Lunatic asylums in Bengal annual reports 1912-1924 - 1912-1924
Year: 1912
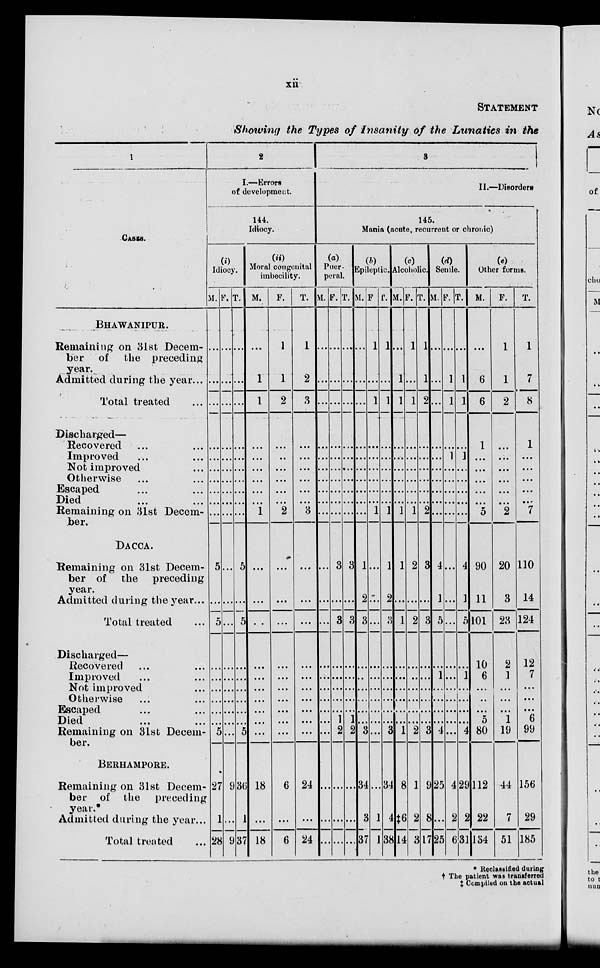
xii
STATEMENT
Showing the Types of Insanity of the Lunatics in the
1
CASES.
BHAWANIPUR.
Remaining on 31st Decem-
ber of the preceding
year.
Admitted during the year...
Total treated ...
Discharged—
Recovered ... ...
Improved ... ...
Not improved ...
Otherwise ... ...
Escaped ... ...
Died ... ...
Remaining on 31st Decem-
ber.
DACCA.
Remaining on 31st Decem-
ber of the preceding
year.
Admitted during the year ...
Total treated ...
Discharged—
Recovered ... ...
Improved ... ...
Not improved ...
Otherwise ... ...
Escaped ... ...
Died ... ...
Remaining on 31st Decem-
ber.
BERHAMPORE.
Remaining on 31st Decem-
ber of the preceding
year.
Admitted during the year ...
Total treated ...
2
I.—Errors
of development.
144.
Idiocy.
(i)
Idiocy.
M.
...
...
...
...
...
...
...
...
...
...
5
...
5
...
...
...
...
...
...
5
27
1
28
F.
...
...
...
...
...
...
...
...
...
...
...
...
...
...
...
...
...
...
...
...
9
...
9
T.
...
...
...
...
...
...
...
...
...
...
5
...
5
...
...
...
...
...
...
5
36
1
37
(ii)
Moral congenital
imbecility.
M.
...
1
1
...
...
...
...
...
...
1
...
...
...
...
...
...
...
...
...
...
18
...
18
F.
1
1
2
...
...
...
...
...
...
2
...
...
...
...
...
...
...
...
...
...
6
...
6
T.
1
2
3
...
...
...
...
...
...
3
...
...
...
...
...
...
...
...
...
...
24
...
24
3
II.—Disorders
145.
Mania (acute, recurrent or chronic)
(a)
Puer
peral.
M.
...
...
...
...
...
...
...
...
...
...
...
...
...
...
...
...
...
...
...
...
...
...
F.
...
...
...
...
...
...
...
...
...
3
...
3
...
...
...
...
...
1
2
...
...
...
T.
...
...
...
...
...
...
...
...
...
3
...
3
...
...
...
...
...
1
2
...
...
...
(b)
Epileptic.
M.
...
...
...
...
...
...
...
...
...
1
2
3
...
...
...
...
...
...
3
34
3
37
F.
1
...
1
...
...
...
...
...
...
1
...
...
...
...
...
...
...
...
...
...
...
1
1
T.
1
...
1
...
...
...
...
...
...
1
1
2
3
...
...
...
...
...
...
3
34
4
38
(c)
Alcoholic.
M.
...
1
1
...
...
...
...
...
...
1
1
...
1
...
...
...
...
...
...
1
8
‡6
14
F.
1
...
1
...
...
...
...
...
...
1
2
...
2
...
...
...
...
...
...
2
1
2
3
T.
1
1
2
...
...
...
...
...
...
2
3
...
3
...
...
...
...
...
...
3
9
8
17
(d)
Senile.
M.
...
...
. ..
...
...
...
...
...
...
...
4
1
5
...
1
...
...
...
...
4
25
...
25
F.
...
1
1
...
1
...
...
...
...
...
...
...
...
...
...
...
...
...
...
...
4
2
6
T.
...
1
1
...
1
...
...
...
...
...
4
1
5
...
1
...
...
...
...
4
29
2
31
(e)
Other forms.
M.
...
6
6
1
...
...
...
...
...
5
90
11
101
10
6
...
...
...
5
80
112
22
134
F.
1
1
2
...
...
...
...
...
...
2
20
3
23
2
1
...
...
. . .
1
19
44
7
51
T.
1
7
8
1
...
...
...
...
...
7
110
14
124
12
7
...
...
...
6
99
156
29
185
*
Reclassified during
† The patient was transferred
‡
Compiled on the actual